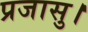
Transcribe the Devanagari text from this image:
प्रजासु।